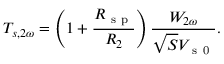
T _ { s , 2 \omega } = \left( 1 + \frac { R _ { \mathrm { ~ s ~ p ~ } } } { R _ { 2 } } \right) \frac { W _ { 2 \omega } } { \sqrt { S } V _ { \mathrm { ~ s ~ 0 ~ } } } { . }